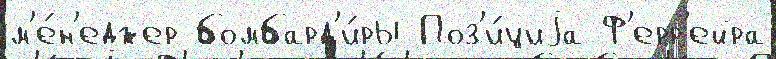
м'е́н'еджер бомбард'и́ры Поз'и́циjа Ф'ерр'ейра